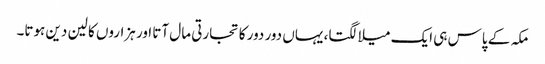
مکہ کے پاس ہی ایک میلا لگتا، یہاں دور دور کا تجارتی مال آتا اور ہزاروں کا لین دین ہوتا۔